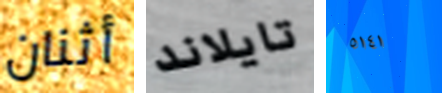
أثنان تايلاند ٥١٤١